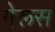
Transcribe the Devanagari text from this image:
गेरूस